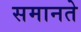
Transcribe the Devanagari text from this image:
समानते